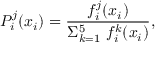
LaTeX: P _ { i } ^ { j } ( x _ { i } ) = \frac { f _ { i } ^ { j } ( x _ { i } ) } { \Sigma _ { k = 1 } ^ { 5 } \ f _ { i } ^ { k } ( x _ { i } ) } ,